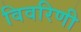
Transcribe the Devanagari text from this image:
विवरिणी